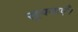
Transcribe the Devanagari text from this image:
सूचनाएँ।